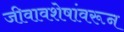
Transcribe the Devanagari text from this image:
जीवावशेषांवरून